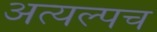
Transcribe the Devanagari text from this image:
अत्यल्पच